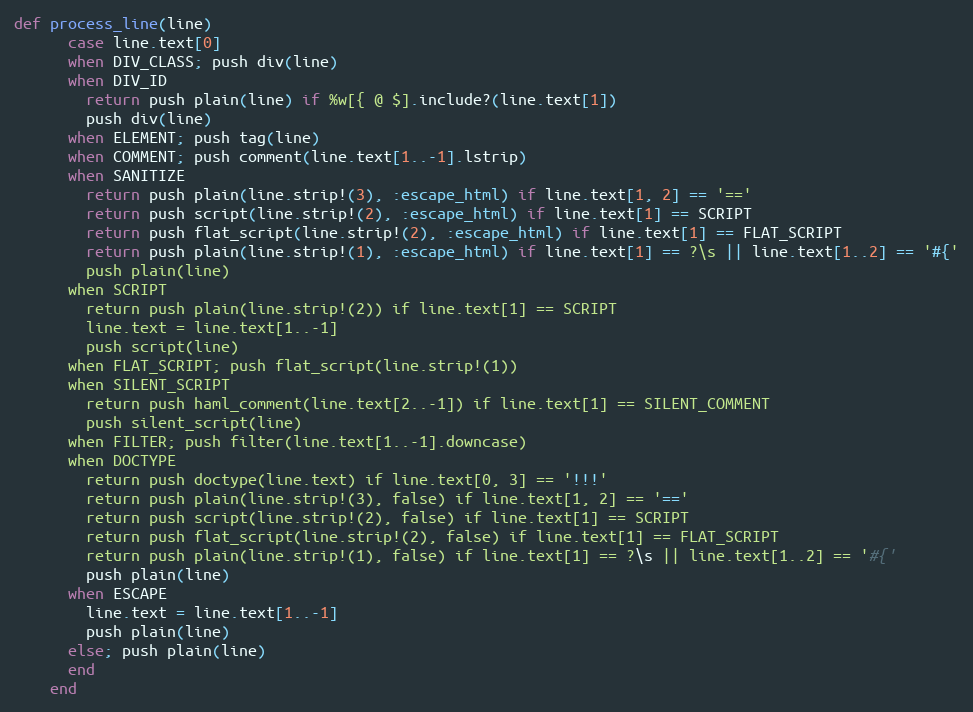
Language: Ruby
def process_line(line)
      case line.text[0]
      when DIV_CLASS; push div(line)
      when DIV_ID
        return push plain(line) if %w[{ @ $].include?(line.text[1])
        push div(line)
      when ELEMENT; push tag(line)
      when COMMENT; push comment(line.text[1..-1].lstrip)
      when SANITIZE
        return push plain(line.strip!(3), :escape_html) if line.text[1, 2] == '=='
        return push script(line.strip!(2), :escape_html) if line.text[1] == SCRIPT
        return push flat_script(line.strip!(2), :escape_html) if line.text[1] == FLAT_SCRIPT
        return push plain(line.strip!(1), :escape_html) if line.text[1] == ?\s || line.text[1..2] == '#{'
        push plain(line)
      when SCRIPT
        return push plain(line.strip!(2)) if line.text[1] == SCRIPT
        line.text = line.text[1..-1]
        push script(line)
      when FLAT_SCRIPT; push flat_script(line.strip!(1))
      when SILENT_SCRIPT
        return push haml_comment(line.text[2..-1]) if line.text[1] == SILENT_COMMENT
        push silent_script(line)
      when FILTER; push filter(line.text[1..-1].downcase)
      when DOCTYPE
        return push doctype(line.text) if line.text[0, 3] == '!!!'
        return push plain(line.strip!(3), false) if line.text[1, 2] == '=='
        return push script(line.strip!(2), false) if line.text[1] == SCRIPT
        return push flat_script(line.strip!(2), false) if line.text[1] == FLAT_SCRIPT
        return push plain(line.strip!(1), false) if line.text[1] == ?\s || line.text[1..2] == '#{'
        push plain(line)
      when ESCAPE
        line.text = line.text[1..-1]
        push plain(line)
      else; push plain(line)
      end
    end